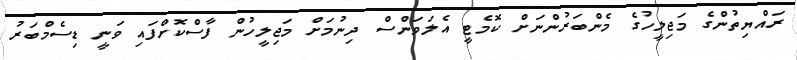
ރައްޔިތުންގެ މަޖިލީހުގެ މެންބަރުންނަށް ކޮމެޓީ އެލަވަންސް ދިނުމަށް މަޖިލީހުން ފާސްކޮށްފައި ވަނީ ޑިސެމްބަރު